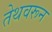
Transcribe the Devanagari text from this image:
तेथवरून